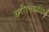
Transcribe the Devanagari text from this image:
शरीरवैज्ञानिकों